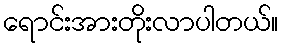
ရောင်းအားတိုးလာပါတယ်။